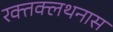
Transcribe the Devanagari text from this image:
रक्तक्लथनास